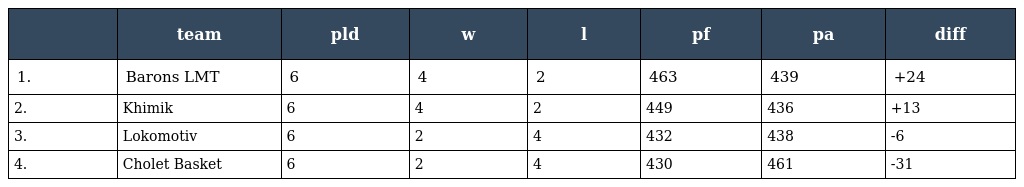
|  | team | pld | w | l | pf | pa | diff |
 | --- | --- | --- | --- | --- | --- | --- | --- |
 | 1. | Barons LMT | 6 | 4 | 2 | 463 | 439 | +24 |
 | 2. | Khimik | 6 | 4 | 2 | 449 | 436 | +13 |
 | 3. | Lokomotiv | 6 | 2 | 4 | 432 | 438 | -6 |
 | 4. | Cholet Basket | 6 | 2 | 4 | 430 | 461 | -31 |